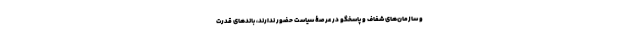
و سازمان‌های شفاف و پاسخگو در عرصۀ سیاست حضور ندارند، باندهای قدرت